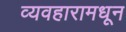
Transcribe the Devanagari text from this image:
व्यवहारामधून